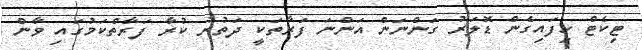
ޓިކެޓް ހިފައިގެން ޑޮލަރު ގަންނަން އަންނަ ފަރާތަކީ ދަތުރު ކުރާ ފަރާތްކަމުގައި ވާން